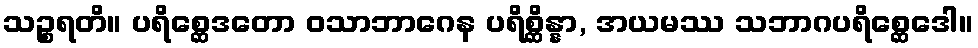
သဉ္စရတိ။ ပရိစ္ဆေဒတော ဝသာဘာဂေန ပရိစ္ဆိန္နာ, အယမဿ သဘာဂပရိစ္ဆေဒေါ။